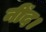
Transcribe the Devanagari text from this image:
नींद।